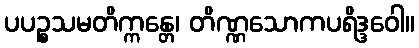
ပပဉ္စသမတိက္ကန္တေ၊ တိဏ္ဏသောကပရိဒ္ဒဝေါ။